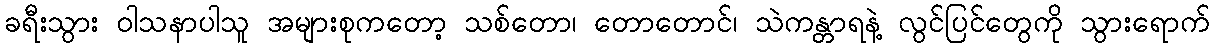
ခရီးသွား ဝါသနာပါသူ အများစုကတော့ သစ်တော၊ တောတောင်၊ သဲကန္တာရနဲ့ လွင်ပြင်တွေကို သွားရောက်